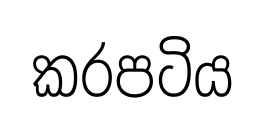
කරපටිය